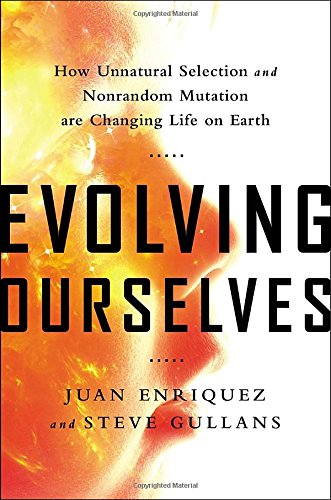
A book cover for Evolving Ourselves: How Unnatural Selection and Nonrandom Mutation are Changing Life on Earth; Juan Enriquez; Medical Books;